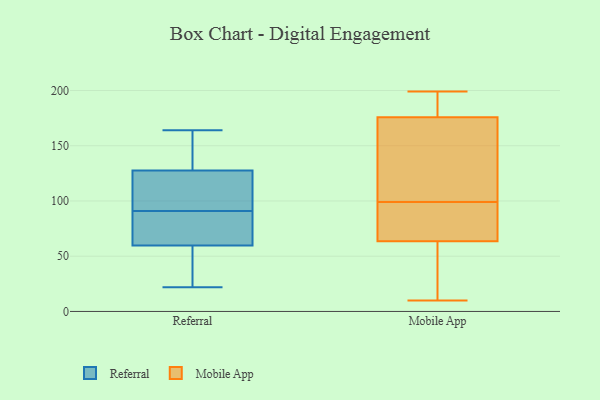
{"axis": {"x": "Bounce Rate (%)", "y": "Value"}, "legend": ["Mobile App", "Referral"], "data": [{"x": "", "y": 164, "type": "Referral"}, {"x": "", "y": 84, "type": "Referral"}, {"x": "", "y": 41, "type": "Referral"}, {"x": "", "y": 22, "type": "Referral"}, {"x": "", "y": 56, "type": "Referral"}, {"x": "", "y": 148, "type": "Referral"}, {"x": "", "y": 134, "type": "Referral"}, {"x": "", "y": 71, "type": "Referral"}, {"x": "", "y": 108, "type": "Referral"}, {"x": "", "y": 91, "type": "Referral"}, {"x": "", "y": 96, "type": "Referral"}, {"x": "", "y": 170, "type": "Mobile App"}, {"x": "", "y": 99, "type": "Mobile App"}, {"x": "", "y": 199, "type": "Mobile App"}, {"x": "", "y": 184, "type": "Mobile App"}, {"x": "", "y": 185, "type": "Mobile App"}, {"x": "", "y": 27, "type": "Mobile App"}, {"x": "", "y": 69, "type": "Mobile App"}, {"x": "", "y": 173, "type": "Mobile App"}, {"x": "", "y": 10, "type": "Mobile App"}, {"x": "", "y": 71, "type": "Mobile App"}, {"x": "", "y": 93, "type": "Mobile App"}, {"x": "", "y": 131, "type": "Mobile App"}, {"x": "", "y": 47, "type": "Mobile App"}]}